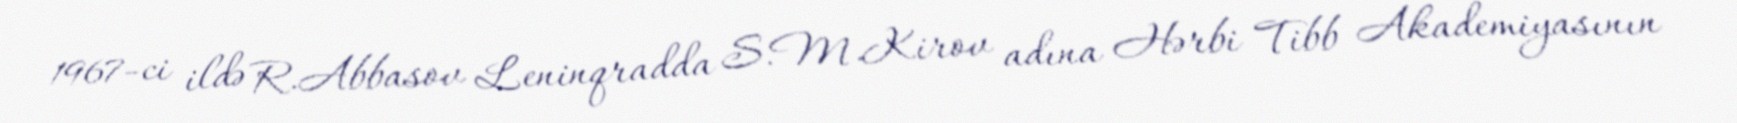
1967-ci ildə R.Abbasov Leninqradda S.M.Kirov adına Hərbi Tibb Akademiyasının